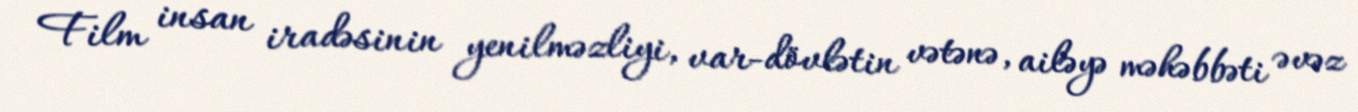
Film insan iradəsinin yenilməzliyi, var-dövlətin vətənə, ailəyə məhəbbəti əvəz